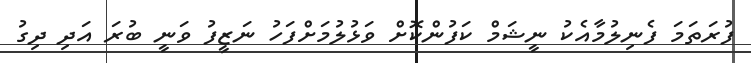
ފުރަތަމަ ފެނިލުމާއެކު ނީޝަމް ކަފުންކޮށް ވަޅުލުމަށްފަހު ނަޒީފު ވަނީ ބުރަ އަދި ދިގު